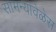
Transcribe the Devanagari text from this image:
सामन्यांवेळेस